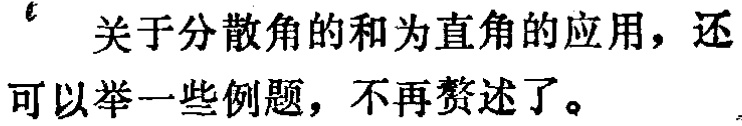
关于分散角的和为直角的应用，还可以举一些例题，不再赘述了。